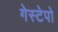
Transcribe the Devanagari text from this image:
गेस्टेपो